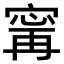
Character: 𫳬